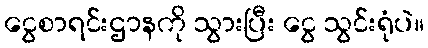
ငွေစာရင်းဌာနကို သွားပြီး ငွေ သွင်းရုံပဲ။